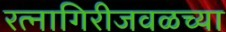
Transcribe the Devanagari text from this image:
रत्‍नागिरीजवळच्या